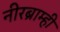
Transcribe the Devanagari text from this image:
नीरब्राम्‍ही